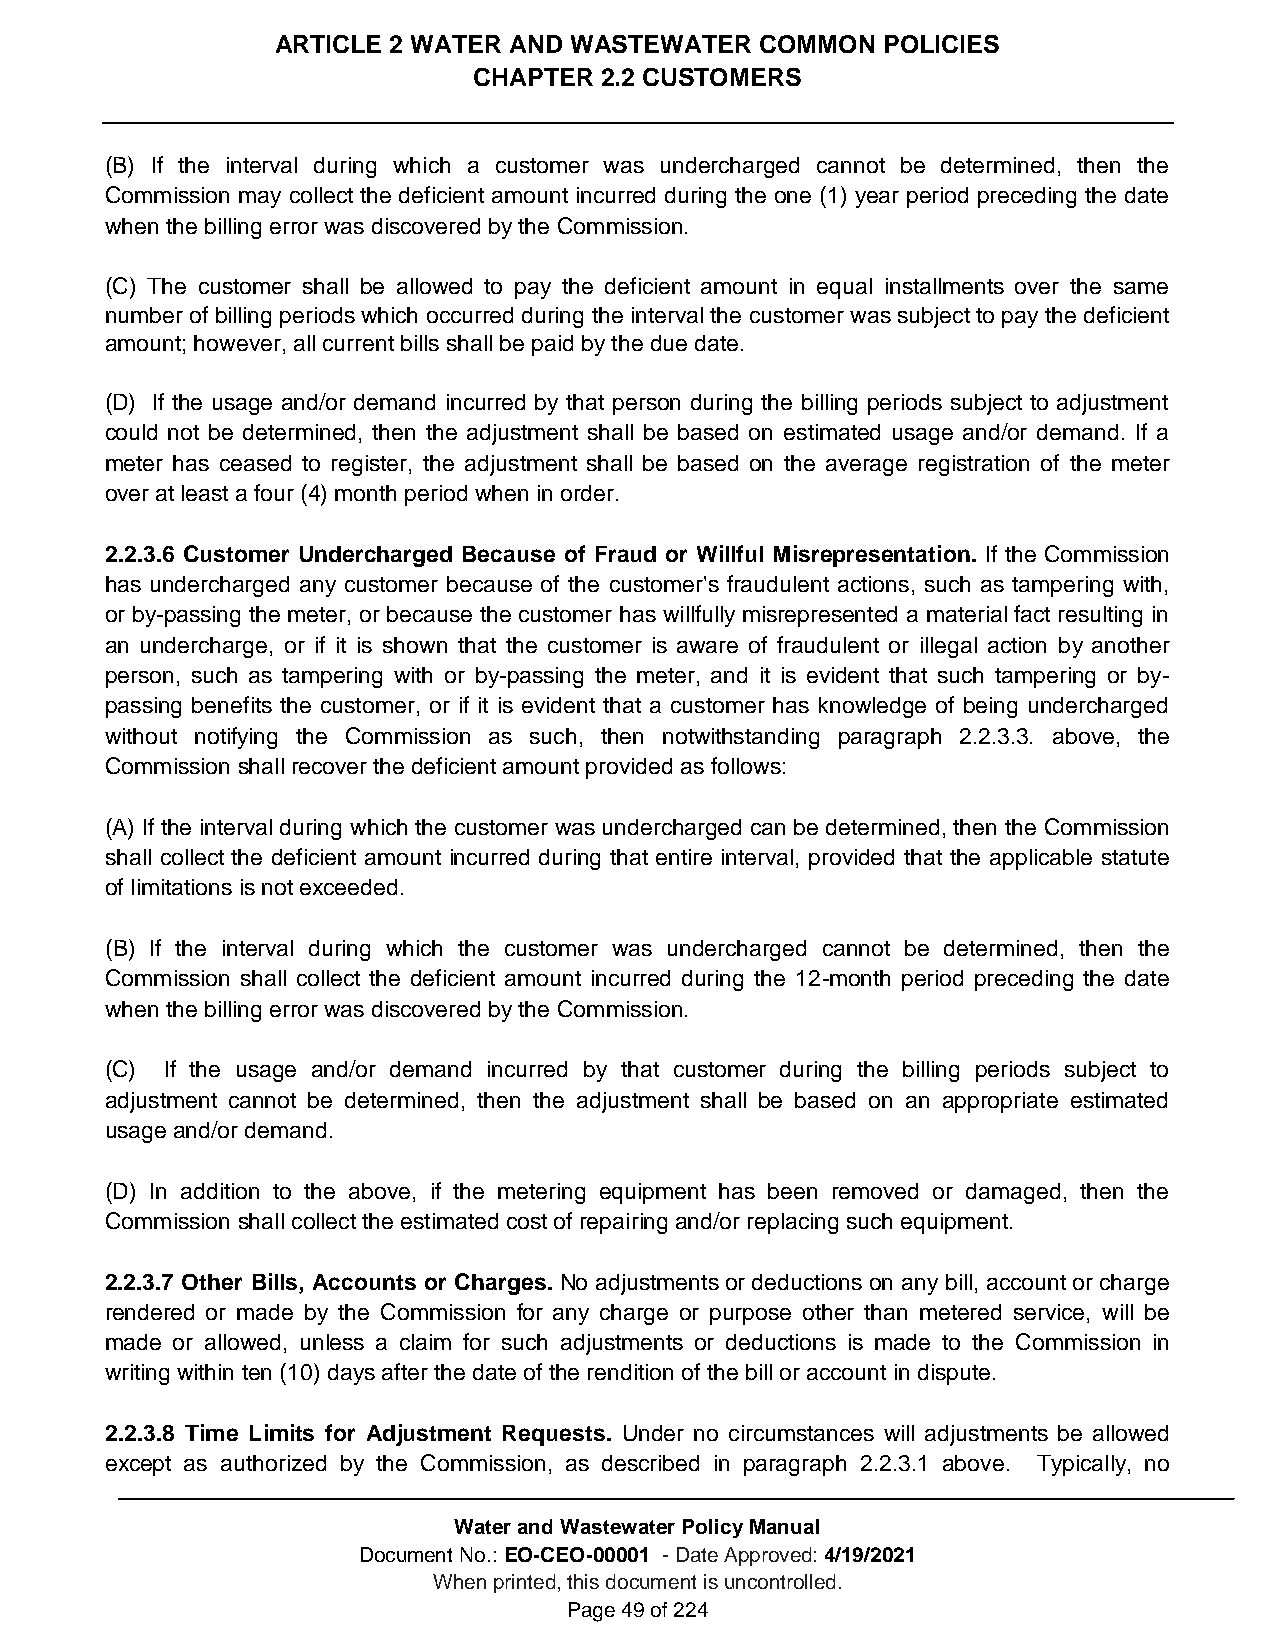
ARTICLE 2 WATER AND WASTEWATER  COMMON  POLICIES
 CHAPTER  2.2 CUSTOMERS
 (B) If the interval during which a customer was undercharged cannot be determined, then the
 Commission may collect the deficient amount incurred during the one (1) year period preceding the date
 when the billing error was discovered by the Commission.
 (C) The customer shall be allowed to pay the deficient amount in equal installments over the same
 number of billing periods which occurred during the interval the customer was subject to pay the deficient
 amount; however, all current bills shall be paid by the due date.
 (D) If the usage and/or demand incurred by that person during the billing periods subject to adjustment
 could not be determined, then the adjustment shall be based on estimated usage and/or demand. If a
 meter has ceased to register, the adjustment shall be based on the average registration of the meter
 over at least a four (4) month period when in order.
 2.2.3.6 Customer Undercharged Because of Fraud or Willful Misrepresentation. If the Commission
 has undercharged any customer because of the customer's fraudulent actions, such as tampering with,
 or by-passing the meter, or because the customer has willfully misrepresented a material fact resulting in
 an undercharge, or if it is shown that the customer is aware of fraudulent or illegal action by another
 person, such as tampering with or by-passing the meter, and it is evident that such tampering or by-
 passing benefits the customer, or if it is evident that a customer has knowledge of being undercharged
 without notifying the Commission as such, then notwithstanding paragraph 2.2.3.3. above, the
 Commission shall recover the deficient amount provided as follows:
 (A) If the interval during which the customer was undercharged can be determined, then the Commission
 shall collect the deficient amount incurred during that entire interval, provided that the applicable statute
 of limitations is not exceeded.
 (B) If the interval during which the customer was undercharged cannot be determined, then the
 Commission shall collect the deficient amount incurred during the 12-month period preceding the date
 when the billing error was discovered by the Commission.
 (C) If the usage and/or demand incurred by that customer during the billing periods subject to
 adjustment cannot be determined, then the adjustment shall be based on an appropriate estimated
 usage and/or demand.
 (D) In addition to the above, if the metering equipment has been removed or damaged, then the
 Commission shall collect the estimated cost of repairing and/or replacing such equipment.
 2.2.3.7 Other Bills, Accounts or Charges. No adjustments or deductions on any bill, account or charge
 rendered or made by the Commission for any charge or purpose other than metered service, will be
 made or allowed, unless a claim for such adjustments or deductions is made to the Commission in
 writing within ten (10) days after the date of the rendition of the bill or account in dispute.
 2.2.3.8 Time Limits for Adjustment Requests. Under no circumstances will adjustments be allowed
 except as authorized by the Commission, as described in paragraph 2.2.3.1 above. Typically, no
 Water and Wastewater Policy Manual
 Document No.: EO-CEO-00001 - Date Approved: 4/19/2021
 When printed, this document is uncontrolled.
 Page 49 of 224